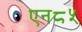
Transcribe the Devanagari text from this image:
एन८५